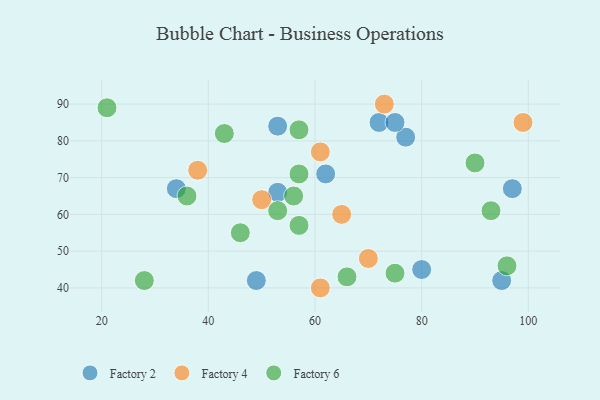
{"axis": {"x": "GDP", "y": "Life Expectancy"}, "legend": ["Factory 2", "Factory 4", "Factory 6"], "data": [{"x": "49", "y": 42, "type": "Factory 2"}, {"x": "72", "y": 85, "type": "Factory 2"}, {"x": "80", "y": 45, "type": "Factory 2"}, {"x": "34", "y": 67, "type": "Factory 2"}, {"x": "95", "y": 42, "type": "Factory 2"}, {"x": "62", "y": 71, "type": "Factory 2"}, {"x": "77", "y": 81, "type": "Factory 2"}, {"x": "75", "y": 85, "type": "Factory 2"}, {"x": "53", "y": 66, "type": "Factory 2"}, {"x": "97", "y": 67, "type": "Factory 2"}, {"x": "53", "y": 84, "type": "Factory 2"}, {"x": "38", "y": 72, "type": "Factory 4"}, {"x": "70", "y": 48, "type": "Factory 4"}, {"x": "65", "y": 60, "type": "Factory 4"}, {"x": "61", "y": 40, "type": "Factory 4"}, {"x": "73", "y": 90, "type": "Factory 4"}, {"x": "99", "y": 85, "type": "Factory 4"}, {"x": "61", "y": 77, "type": "Factory 4"}, {"x": "50", "y": 64, "type": "Factory 4"}, {"x": "57", "y": 71, "type": "Factory 6"}, {"x": "43", "y": 82, "type": "Factory 6"}, {"x": "57", "y": 57, "type": "Factory 6"}, {"x": "66", "y": 43, "type": "Factory 6"}, {"x": "53", "y": 61, "type": "Factory 6"}, {"x": "36", "y": 65, "type": "Factory 6"}, {"x": "28", "y": 42, "type": "Factory 6"}, {"x": "96", "y": 46, "type": "Factory 6"}, {"x": "93", "y": 61, "type": "Factory 6"}, {"x": "56", "y": 65, "type": "Factory 6"}, {"x": "46", "y": 55, "type": "Factory 6"}, {"x": "75", "y": 44, "type": "Factory 6"}, {"x": "57", "y": 83, "type": "Factory 6"}, {"x": "21", "y": 89, "type": "Factory 6"}, {"x": "90", "y": 74, "type": "Factory 6"}]}